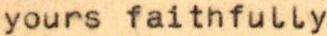
yours faithfully